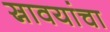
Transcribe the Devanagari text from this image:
स्रावयांचा